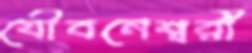
যৌবনেশ্বরী